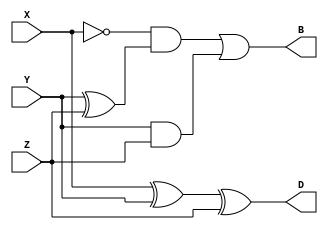
`timescale 1ns / 1ps
//////////////////////////////////////////////////////////////////////////////////
// Company: 
// Engineer: 
// 
// Design Name: 
// Module Name: Full_Subtractor
// Project Name: 
// Target Devices: 
// Tool Versions: 
// Description: 
// 
// Dependencies: 
// 
// Revision:
// Revision 0.01 - File Created
// Additional Comments:
// 
//////////////////////////////////////////////////////////////////////////////////


module Full_Subtractor(output D, B, input X, Y, Z);
assign D = X ^ Y ^ Z;
assign B = ~X & (Y^Z) | Y & Z;
endmodule